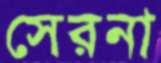
সেরনা